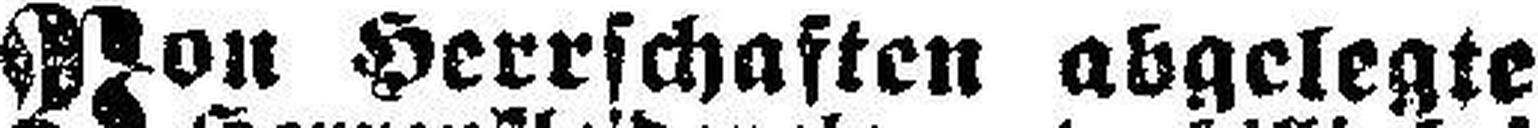
Von Herrschaften abgelegte